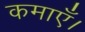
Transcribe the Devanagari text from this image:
कमाएँ।